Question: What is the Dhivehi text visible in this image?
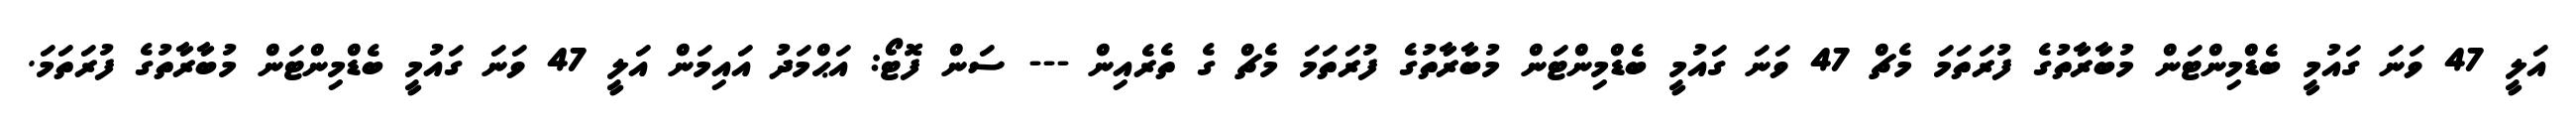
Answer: އަލީ 47 ވަނަ ގައުމީ ބެޑްމިންޓަން މުބާރާތުގެ ފުރަތަމަ މެޗް 47 ވަނަ ގައުމީ ބެޑްމިންޓަން މުބާރާތުގެ ފުރަތަމަ މެޗް ގެ ތެރެއިން --- ސަން ފޮޓޯ: އަޙްމަދު އައިމަން އަލީ 47 ވަނަ ގައުމީ ބެޑްމިންޓަން މުބާރާތުގެ ފުރަތަމަ.